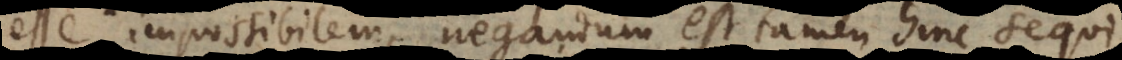
esse impossibilem, negandum est tamen hinc sequi